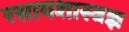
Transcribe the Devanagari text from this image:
रसायशास्त्रज्ञ